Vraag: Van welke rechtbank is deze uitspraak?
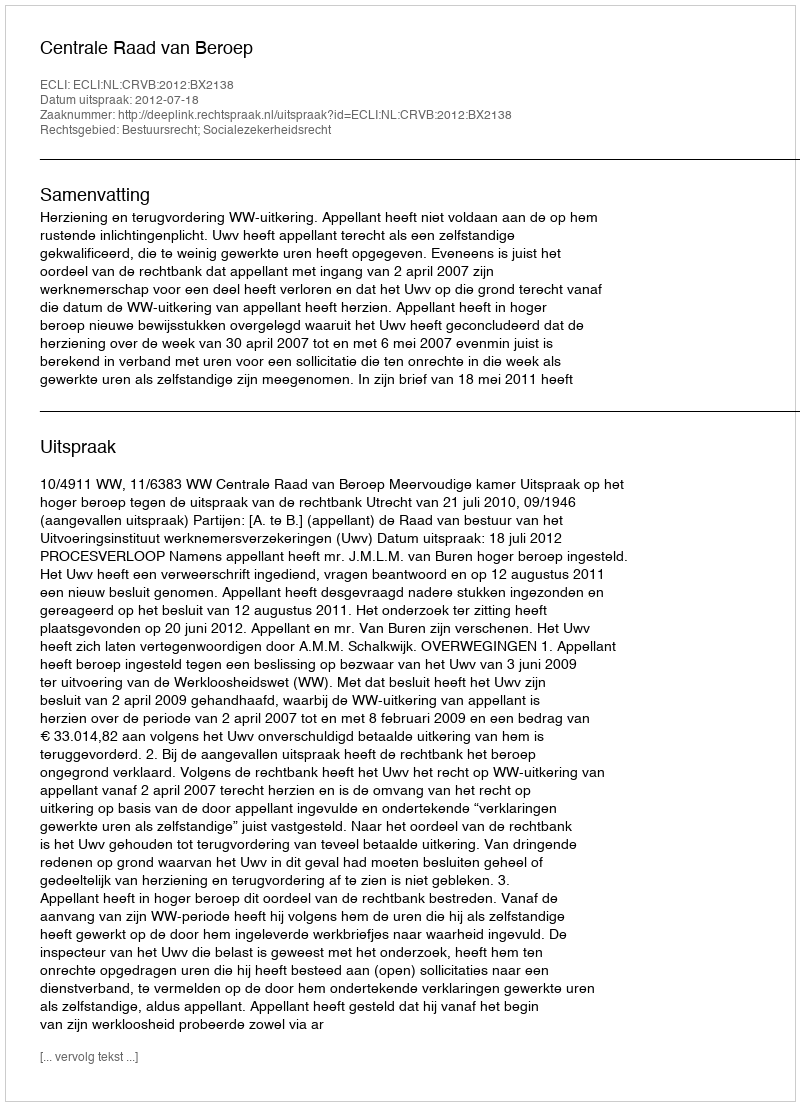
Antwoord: Centrale Raad van Beroep